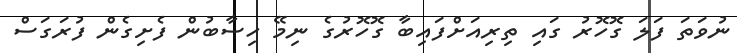
ނުވަތަ ފަލަ ގޮހޮރު ގައި ތިރިއަށްފައިބާ ގޮހޮރުގެ ނިމޭ ހިސާބުން ފެށިގެން ފުރަގަސް